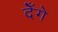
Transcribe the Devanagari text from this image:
देँगे